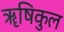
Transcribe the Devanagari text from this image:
ॠषिकुल